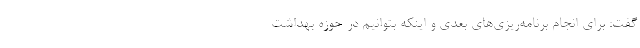
گفت: برای انجام برنامه‌ریزی‌های بعدی و اینکه بتوانیم در حوزه بهداشت